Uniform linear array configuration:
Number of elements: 24
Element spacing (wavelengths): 0.25
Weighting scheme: uniform
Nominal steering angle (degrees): -45
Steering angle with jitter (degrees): -44.009
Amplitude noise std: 0.05
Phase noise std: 0.05

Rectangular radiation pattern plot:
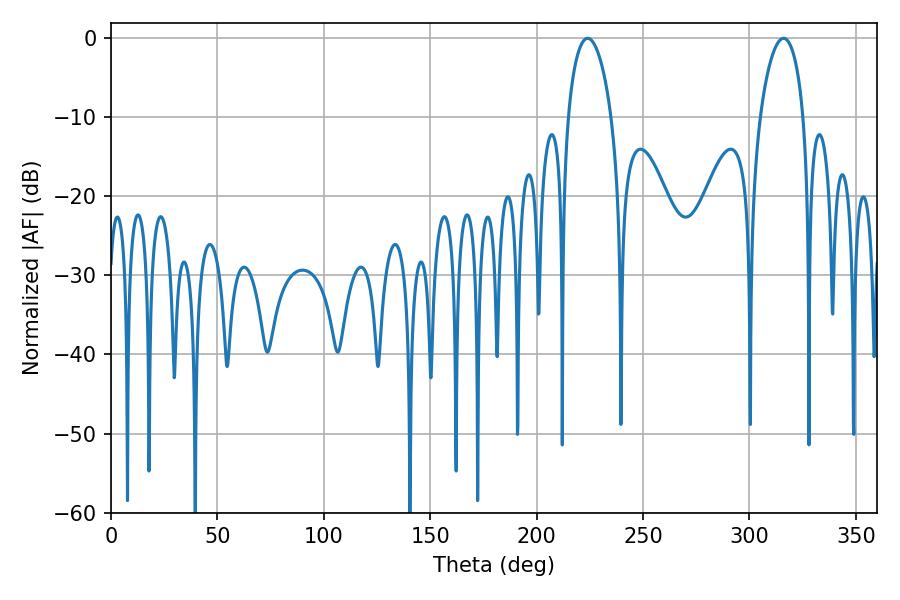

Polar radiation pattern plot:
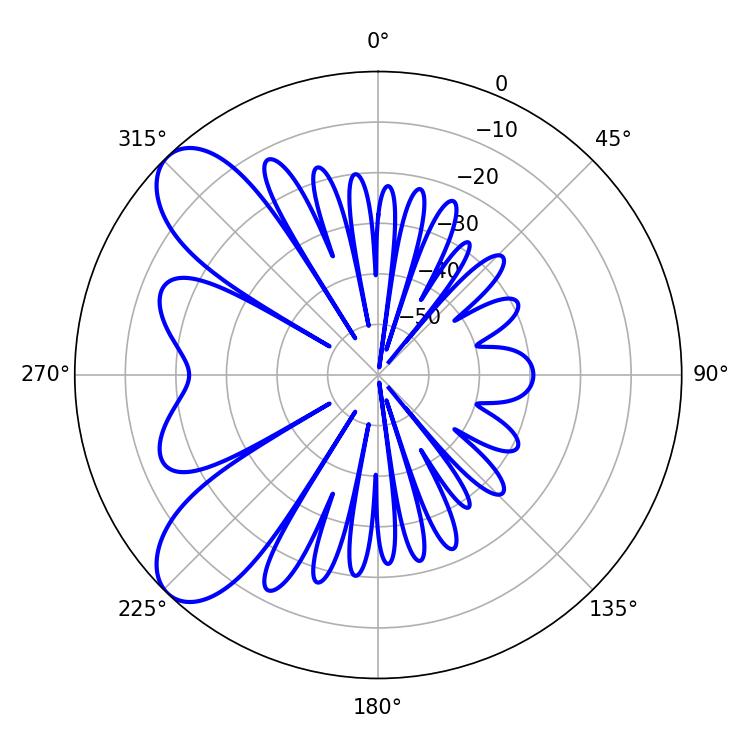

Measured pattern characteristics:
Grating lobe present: FALSE
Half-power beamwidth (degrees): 11.52
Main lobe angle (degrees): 223.92